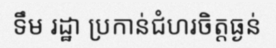
ទឹម រដ្ឋា ប្រកាន់ជំហរចិត្តធ្ងន់